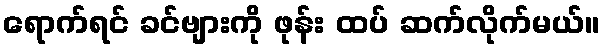
ရောက်ရင် ခင်ဗျားကို ဖုန်း ထပ် ဆက်လိုက်မယ်။